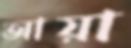
আয়া